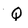
Character: Q